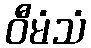
ဝီမံသံ